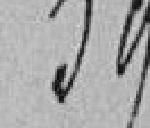
59